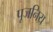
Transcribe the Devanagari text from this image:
पूजनिय